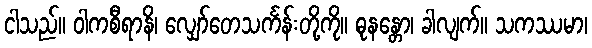
ငါသည်။ ဝါကစီရာနိ၊ လျှော်တေသင်္ကန်းတို့ကို။ ဓုနန္တော၊ ခါလျက်။ သကဿမာ၊